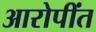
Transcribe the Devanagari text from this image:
आरोपींत